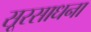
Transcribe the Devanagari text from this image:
सूरसाधना